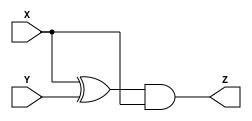
module ex_sec (output  Z, input  X, Y);

  
  assign Z = ( X ^ Y ) & X; 
 

endmodule